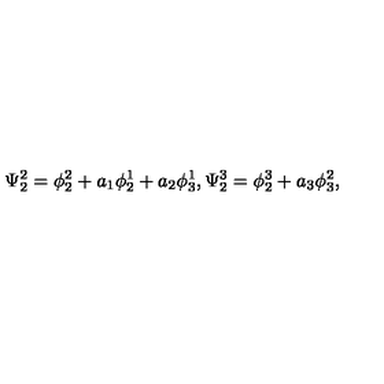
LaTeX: \Psi _ { 2 } ^ { 2 } = \phi _ { 2 } ^ { 2 } + a _ { 1 } \phi _ { 2 } ^ { 1 } + a _ { 2 } \phi _ { 3 } ^ { 1 } , \Psi _ { 2 } ^ { 3 } = \phi _ { 2 } ^ { 3 } + a _ { 3 } \phi _ { 3 } ^ { 2 } ,